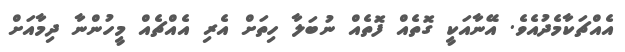
އެއްޗަކާމެދުއެވެ. އޭނާއަކީ ގޮތެއް ފޮތެއް ނުބަލާ ހިތަށް އެރި އެއްޗެއް މީހުންނާ ދިމާއަށް